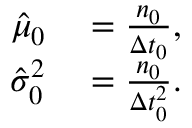
\begin{array} { r l } { \hat { \mu } _ { 0 } } & { { } = \frac { n _ { 0 } } { \Delta t _ { 0 } } , } \\ { \hat { \sigma } _ { 0 } ^ { 2 } } & { { } = \frac { n _ { 0 } } { \Delta t _ { 0 } ^ { 2 } } . } \end{array}